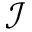
\mathcal { I }